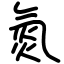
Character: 氮